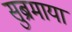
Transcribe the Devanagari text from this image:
सुब्रमाया